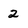
Character: 2